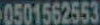
0501562553